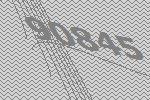
90845